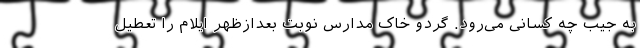
به جیب چه کسانی می‌رود. گردو خاک مدارس نوبت بعدازظهر ایلام را تعطیل